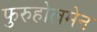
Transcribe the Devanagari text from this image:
फुरुहोलमेन